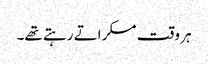
ہر وقت مسکراتے رہتے تھے۔